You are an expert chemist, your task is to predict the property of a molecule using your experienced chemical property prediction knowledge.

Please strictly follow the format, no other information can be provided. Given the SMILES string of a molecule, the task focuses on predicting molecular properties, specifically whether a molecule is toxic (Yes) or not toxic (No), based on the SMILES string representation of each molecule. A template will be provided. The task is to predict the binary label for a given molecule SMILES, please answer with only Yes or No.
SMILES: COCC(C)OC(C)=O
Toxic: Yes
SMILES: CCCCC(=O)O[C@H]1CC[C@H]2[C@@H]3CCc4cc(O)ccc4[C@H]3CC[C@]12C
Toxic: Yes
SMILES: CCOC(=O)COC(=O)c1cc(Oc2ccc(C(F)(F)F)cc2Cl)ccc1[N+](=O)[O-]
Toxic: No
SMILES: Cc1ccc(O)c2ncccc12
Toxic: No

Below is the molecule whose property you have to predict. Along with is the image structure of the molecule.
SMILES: ClCOCCl
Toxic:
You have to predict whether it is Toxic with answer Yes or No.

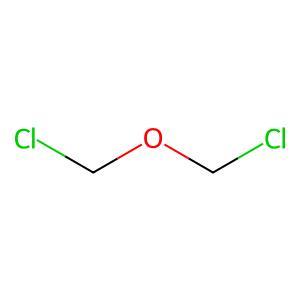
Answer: No